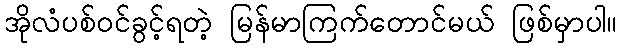
အိုလံပစ်ဝင်ခွင့်ရတဲ့ မြန်မာကြက်တောင်မယ် ဖြစ်မှာပါ။